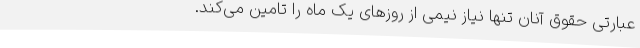
عبارتی حقوق آنان تنها نیاز نیمی از روزهای یک ماه را تامین می‌کند.